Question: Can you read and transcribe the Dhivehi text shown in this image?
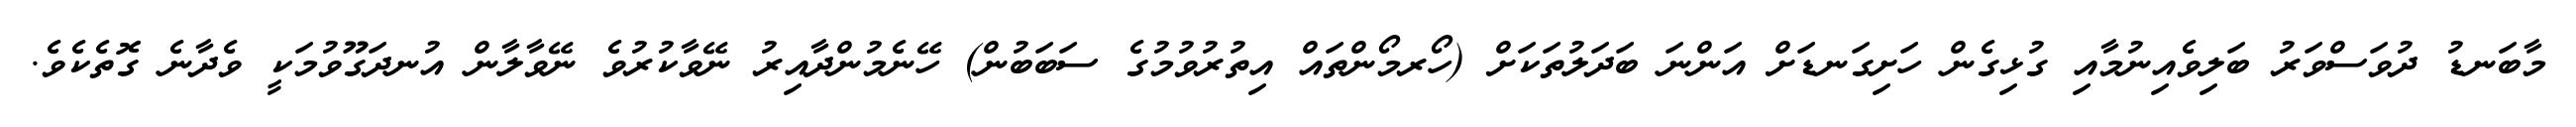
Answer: މާބަނޑު ދުވަސްވަރު ބަލިވެއިނުމާއި ގުޅިގެން ހަށިގަނޑަށް އަންނަ ބަދަލުތަކަށް (ހޯރމޯންތައް އިތުރުވުމުގެ ސަބަބުން) ހޭނެމުންދާއިރު ނޭވާކުރުވެ ނޭވާލާން އުނދަގޫވުމަކީ ވެދާނެ ގޮތެކެވެ.